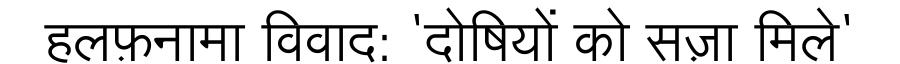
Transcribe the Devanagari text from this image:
हलफ़नामा विवाद: 'दोषियों को सज़ा मिले'